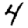
Digit: 4